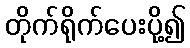
တိုက်ရိုက်ပေးပို့၍